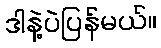
ဒါနဲ့ပဲပြန်မယ်။